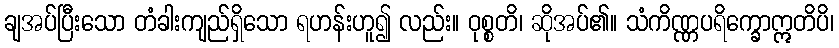
ချအပ်ပြီးသော တံခါးကျည်ရှိသော ရဟန်းဟူ၍ လည်း။ ဝုစ္စတိ၊ ဆိုအပ်၏။ သံကိဏ္ဏပရိက္ခောဣတိပိ၊